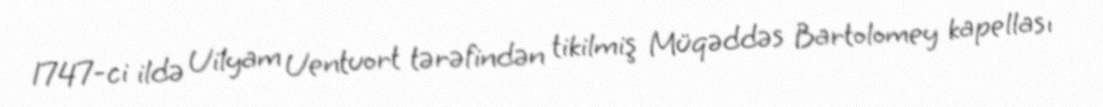
1747-ci ildə Uilyam Uentuort tərəfindən tikilmiş Müqəddəs Bartolomey kapellası